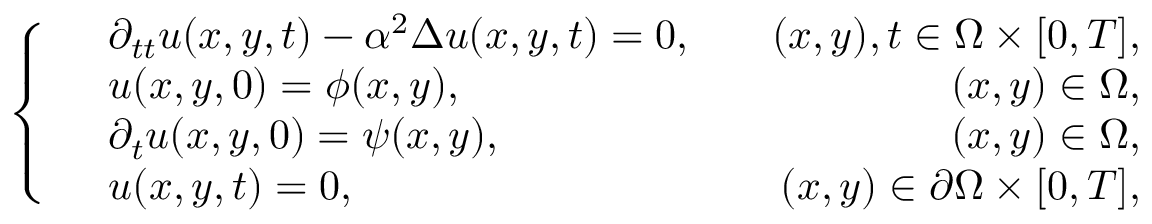
\left\{ \begin{array} { r l r } & { \partial _ { t t } u ( x , y , t ) - \alpha ^ { 2 } \Delta u ( x , y , t ) = 0 , } & { \quad ( x , y ) , t \in \Omega \times [ 0 , T ] , } \\ & { u ( x , y , 0 ) = \phi ( x , y ) , } & { \quad ( x , y ) \in \Omega , } \\ & { \partial _ { t } u ( x , y , 0 ) = \psi ( x , y ) , } & { \quad ( x , y ) \in \Omega , } \\ & { u ( x , y , t ) = 0 , } & { \quad ( x , y ) \in \partial \Omega \times [ 0 , T ] , } \end{array} \right.